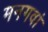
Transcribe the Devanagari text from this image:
मनगवां